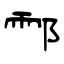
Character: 酃